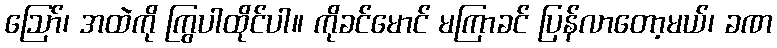
ဩော်၊ အထဲကို ကြွပါထိုင်ပါ။ ကိုခင်မောင် မကြာခင် ပြန်လာတော့မယ်၊ ခဏ